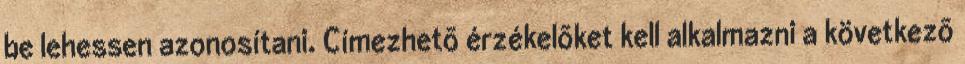
be lehessen azonosítani. Címezhetõ érzékelõket kell alkalmazni a következõ